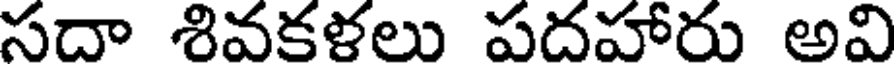
సదా శివకళలు పదహారు అవి